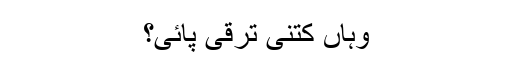
وہاں کتنی ترقی پائی؟